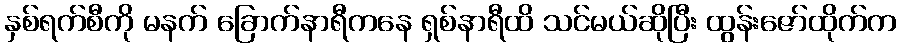
နှစ်ရက်စီကို မနက် ခြောက်နာရီကနေ ရှစ်နာရီထိ သင်မယ်ဆိုပြီး ထွန်းဇော်ထိုက်က